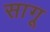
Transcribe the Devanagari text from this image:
सागू